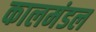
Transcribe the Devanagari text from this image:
कालमंडल